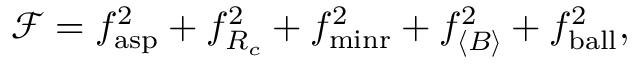
\mathcal { F } = f _ { \mathrm { a s p } } ^ { 2 } + f _ { R _ { c } } ^ { 2 } + f _ { \mathrm { m i n r } } ^ { 2 } + f _ { \langle B \rangle } ^ { 2 } + f _ { \mathrm { b a l l } } ^ { 2 } ,